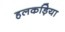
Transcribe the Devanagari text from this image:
हलकड़िया